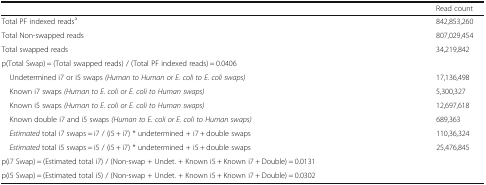
<table><thead><tr><td></td><td><b>Read count</b></td></tr></thead><tbody><tr><td>Total PF indexed reads<sup>a</sup></td><td>842,853,260</td></tr><tr><td>Total Non-swapped reads</td><td>807,029,454</td></tr><tr><td>Total swapped reads</td><td>34,219,842</td></tr><tr><td colspan="2">p(Total Swap) = (Total swapped reads) / (Total PF indexed reads) = 0.0406</td></tr><tr><td> Undetermined i7 or i5 swaps <i>(Human to Human or E. coli to E. coli swaps)</i></td><td>17,136,498</td></tr><tr><td> Known i7 swaps <i>(Human to E. coli or E. coli to Human swaps)</i></td><td>5,300,327</td></tr><tr><td> Known i5 swaps <i>(Human to E. coli or E. coli to Human swaps)</i></td><td>12,697,618</td></tr><tr><td> Known double i7 and i5 swaps <i>(Human to E. coli or E. coli to Human swaps)</i></td><td>689,363</td></tr><tr><td> <i>Estimated</i> total i7 swaps = i7 / (i5 + i7) * undetermined + i7 + double swaps</td><td>110,36,324</td></tr><tr><td> <i>Estimated</i> total i5 swaps = i5 / (i5 + i7) * undetermined + i5 + double swaps</td><td>25,476,845</td></tr><tr><td colspan="2">p(i7 Swap) = (Estimated total i7) / (Non-swap + Undet. + Known i5 + Known i7 + Double) = 0.0131</td></tr><tr><td colspan="2">p(i5 Swap) = (Estimated total i5) / (Non-swap + Undet. + Known i5 + Known i7 + Double) = 0.0302</td></tr></tbody></table>